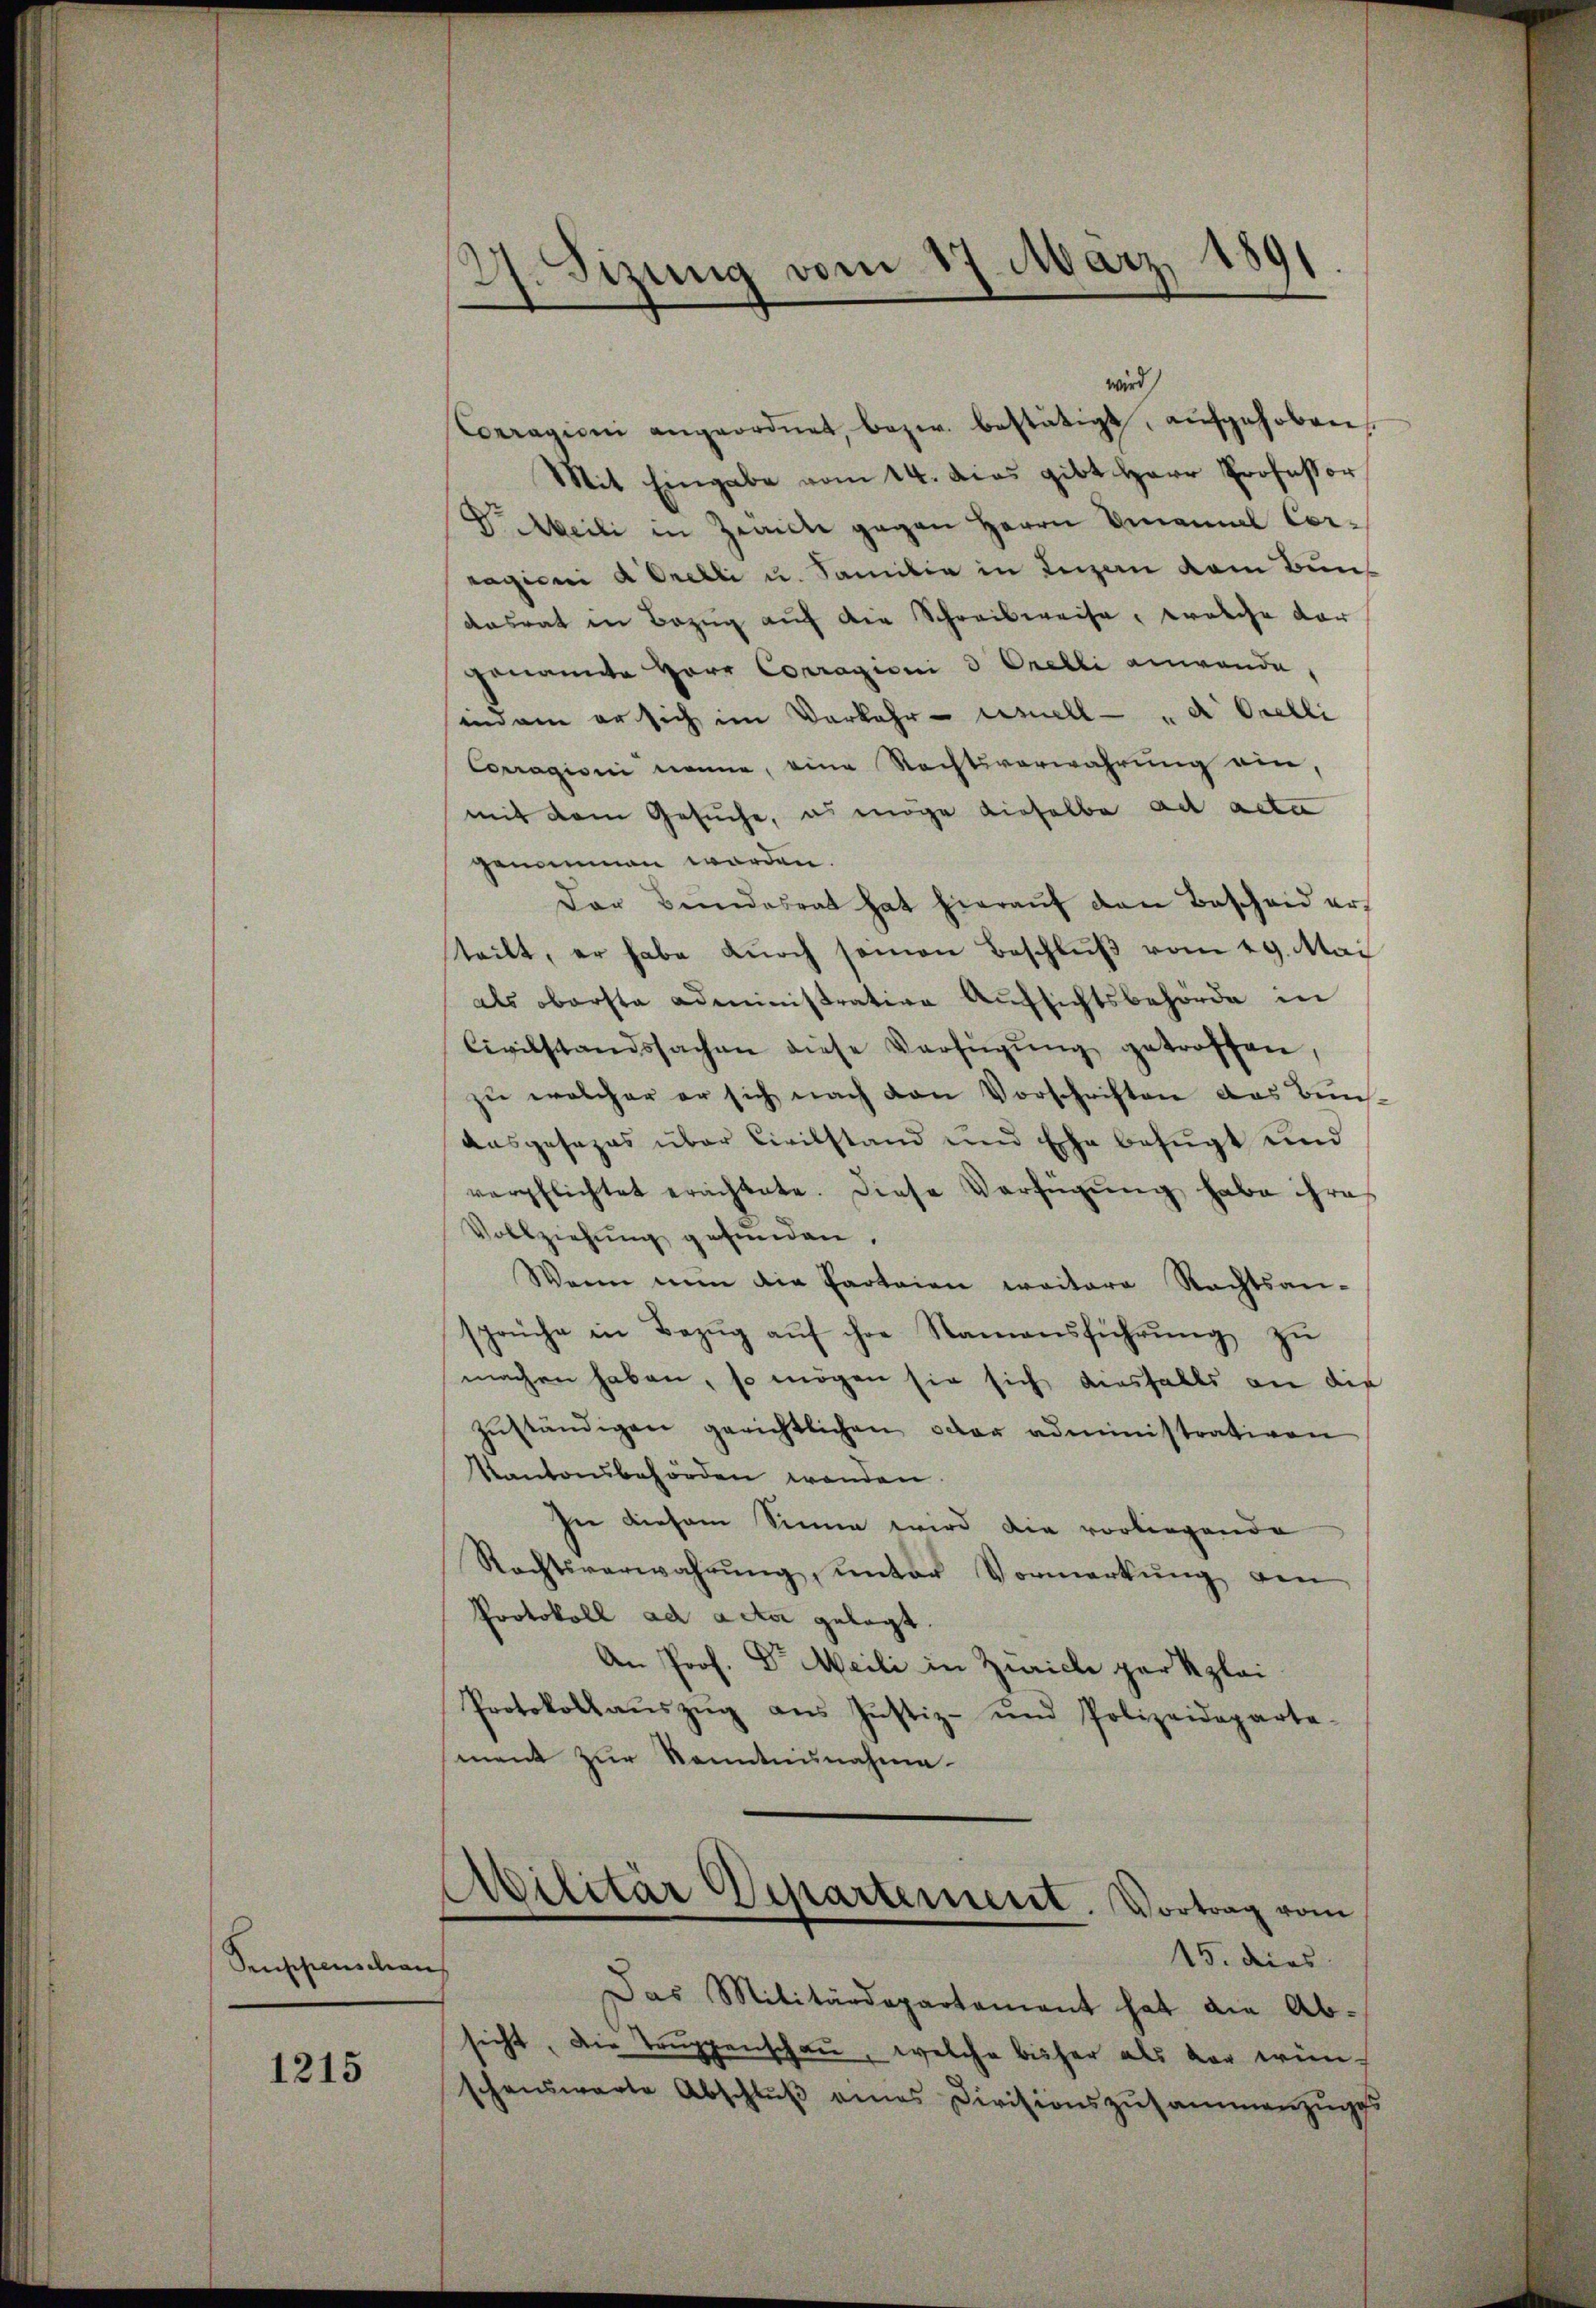
Pruppenschen |

1215

2. Sizung vom 17. März 1891

wird
Corragioni angeordnet, bezw. bestätigt, aufgehoben,
Mit Eingabe vom 14. dies gibt Herr Professor
V. Meili in Zeiche gegen Herrn Emanuel Corragium a Orelli u. Familie in Luzern dem Bundasrat in Bezug auf die Schreibweise, welche dar
genannte Herr Corragioni d. Orelli anwende,
sind am er sich im Vorkehr ernell  "  Orelli
Corragioni nenne, eine Rechtsverwahrung ein,
mit dem Gesuche, es möge dieselbe ad acta
genommen worden.
Dar Bŭndesrat hat hieraŭf den Bescheid erteilt, er habe dŭrch seinen Beschlŭβ vom 29. Mai
als oberste Administrative Aufsichtsbehörde in
Civilstandssachen diese Verfügŭng getroffen
zu welcher er sich nach den Vorschriften das Bun-
Ausgesezes über Civilstand und Ehe befugt und
verpflichtet erachtete. Diese Verfügŭng habe ihre
Vollziehŭng gefunden.
Wenn nun die Parteien weitere Nachtsan-
sprüche in Bezŭg aŭf ihre Namensführŭng zŭ
machen haben, so mögen sie sich diesfalls an die
zŭständigen gerichtlichen oder administrativen
Kantonsbehörden wenden
In diesem Sinne wird die vorliegende
Rechtsverwahrung, unter Vormerkung den
Protokoll ad acta gelegt
An Prof. Dr. Meili in Zuricle par Klei
Protokollaŭszŭg ans Justiz- und Polizeideparte-
ment zur Kenntnisnahme.

Ailitär Departement. Vortrag vom

15. dies
Das Militärdepartement hat die Ab-
sicht, die Truppenschau, welche bisher als vor wünschenswarte Abschluß eines Divisionszusammenzuges